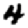
Digit: 4